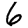
Digit: 6